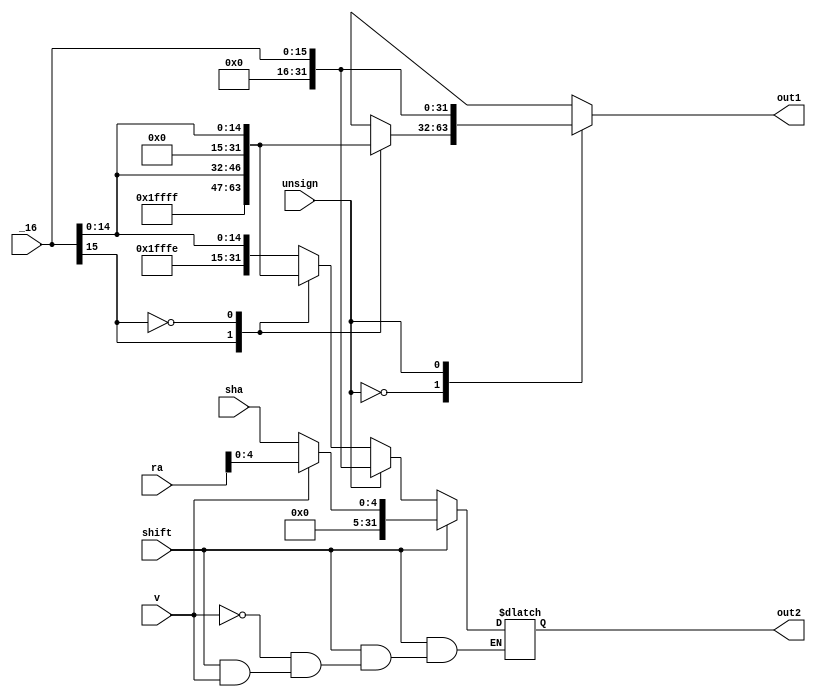
// add unsign for XORI
module extend(_16,sha,ra,shift,v,out1,out2,unsign);
  input [15:0] _16;
  input [4:0] sha;
  input [31:0] ra;
  input shift;
  input v;
  input unsign;
  output [31:0] out1;
  output [31:0] out2;
  reg [31:0] out1;
  reg [31:0] out2;
  reg [31:0] temp;
  always @(_16,sha,shift) begin

  	// case (_16[15])
  	// 1:begin
  	// 	out1={16'b1111111111111111,_16[15:0]};
  	// 	temp={16'b1111111111111111,_16[15:0]};
  	// end
  	// 0:begin
  	// 	out1={16'b0000000000000000,_16[15:0]};
  	// 	temp={16'b0000000000000000,_16[15:0]};
  	// end
  	// default:begin
  	// 	out1=0;
  	// 	temp=0;
  	// end
  	// endcase
    case (unsign) 
  	0:begin
  	  case (_16[15])
    	1:begin
  	  	  out1={16'b1111111111111111,_16[15:0]};
  		  temp={16'b1111111111111111,_16[15:0]};
  	    end
  	    0:begin
  		  out1={16'b0000000000000000,_16[15:0]};
  		  temp={16'b0000000000000000,_16[15:0]};
  	    end
  	    endcase
  	end
  	1:begin
  		  out1={16'b0000000000000000,_16[15:0]};
  		  temp={16'b0000000000000000,_16[15:0]};
  	  end
  	default:begin
  		out1=0;
  		temp=0;
  	end
  	endcase

    /////////////////////
    case (shift)
    1:begin
    if(v==0)
    begin
    	out2={27'b000000000000000000000000000,sha[4:0]};
    end
     if(v==1)
       begin
           out2={27'b000000000000000000000000000,ra[4:0]};
       end
    end
    0:begin
    	out2=temp;
    end
    default:begin
    	out2=0;
    end
    endcase
  end
endmodule